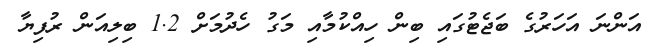
އަންނަ އަހަރުގެ ބަޖެޓުގައި ބިން ހިއްކުމާއި މަގު ހެދުމަށް 1.2 ބިލިއަން ރުފިޔާ